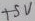
Text: +5V